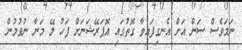
ނަމަވެސް ސަން އަށް އެނގިފައިވާ ގޮތުގައި އޮޕަރޭޝަނަށް ފަހު ލޭ މަނާ ނުވުމުން